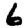
Digit: 6